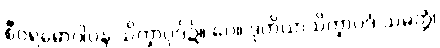
စီဝရဓောဝါပန သိက္ခာပုဒ်၌။ ပေ။ ဒုတိယာသိက္ခာပဒံ သမတ္တံ၊